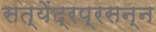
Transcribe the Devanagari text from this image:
सत्येंद्रप्रसन्न